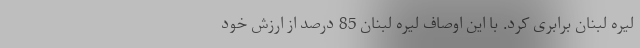
لیره لبنان برابری کرد. با این اوصاف لیره لبنان 85 درصد از ارزش خود